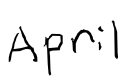
Text: April
Cross-out: clean
Writing tool: digital_black